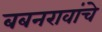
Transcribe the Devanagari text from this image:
बबनरावांचे